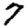
Digit: 7